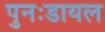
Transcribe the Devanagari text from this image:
पुनःडायल